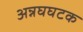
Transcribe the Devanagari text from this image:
अन्नघघटक